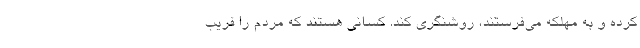
کرده و به مهلکه می‌فرستند، روشنگری کند. کسانی هستند که مردم را فریب